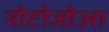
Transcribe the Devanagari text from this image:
नोटोजोआ